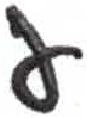
אות: ע